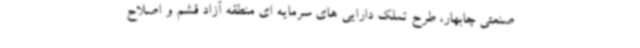
صنعتی چابهار، طرح تملک دارایی های سرمایه ای منطقه آزاد قشم و اصلاح